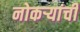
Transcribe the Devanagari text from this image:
नोकऱ्यांची